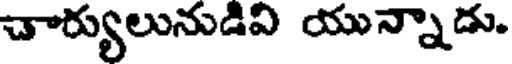
చార్యులునుడివి యున్నాడు.